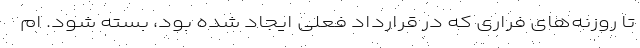
تا روزنه‌های فراری که در قرارداد فعلی ایجاد شده بود، بسته شود. ام